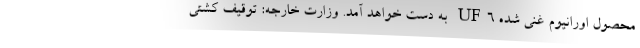
محصول اورانیوم غنی شده UF۶ به دست خواهد آمد. وزارت خارجه: توقیف کشتی